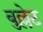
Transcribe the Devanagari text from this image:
बुल्लेट